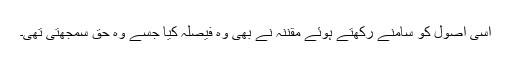
اسی اصول کو سامنے رکھتے ہوئے مقنّنہ نے بھی وہ فیصلہ کیا جسے وہ حق سمجھتی تھی۔